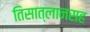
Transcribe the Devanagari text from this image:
तिसात्लानसह